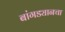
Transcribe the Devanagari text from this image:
बांगड्यानचा